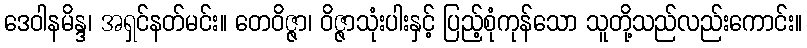
ဒေဝါနမိန္ဒ၊ အရှင်နတ်မင်း။ တေဝိဇ္ဇာ၊ ဝိဇ္ဇာသုံးပါးနှင့် ပြည့်စုံကုန်သော သူတို့သည်လည်းကောင်း။